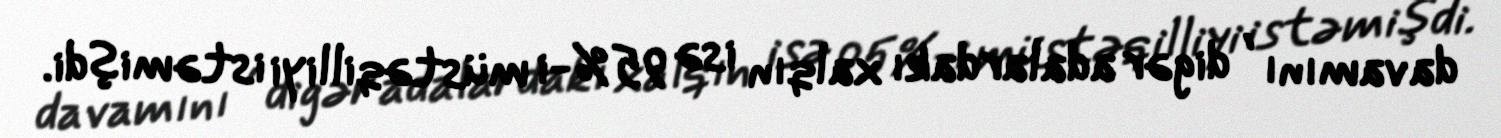
davamını , digər adalardakı xalqın isə 95%-i müstəqilliyi istəmişdi.